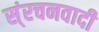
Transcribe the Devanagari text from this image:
स्ंरचनवादी